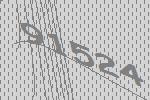
91524